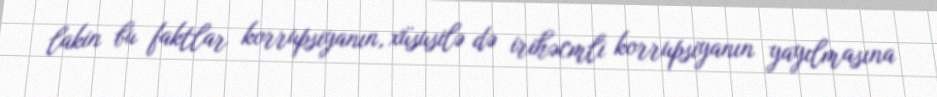
lakin bu faktlar korrupsiyanın, xüsusilə də irihəcmli korrupsiyanın yayılmasına